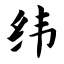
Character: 纬